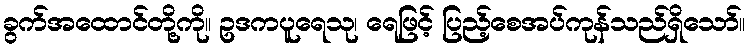
ခွက်အထောင်တို့ကို။ ဥဒကပူရေသု၊ ရေဖြင့် ပြည့်စေအပ်ကုန်သည်ရှိသော်။